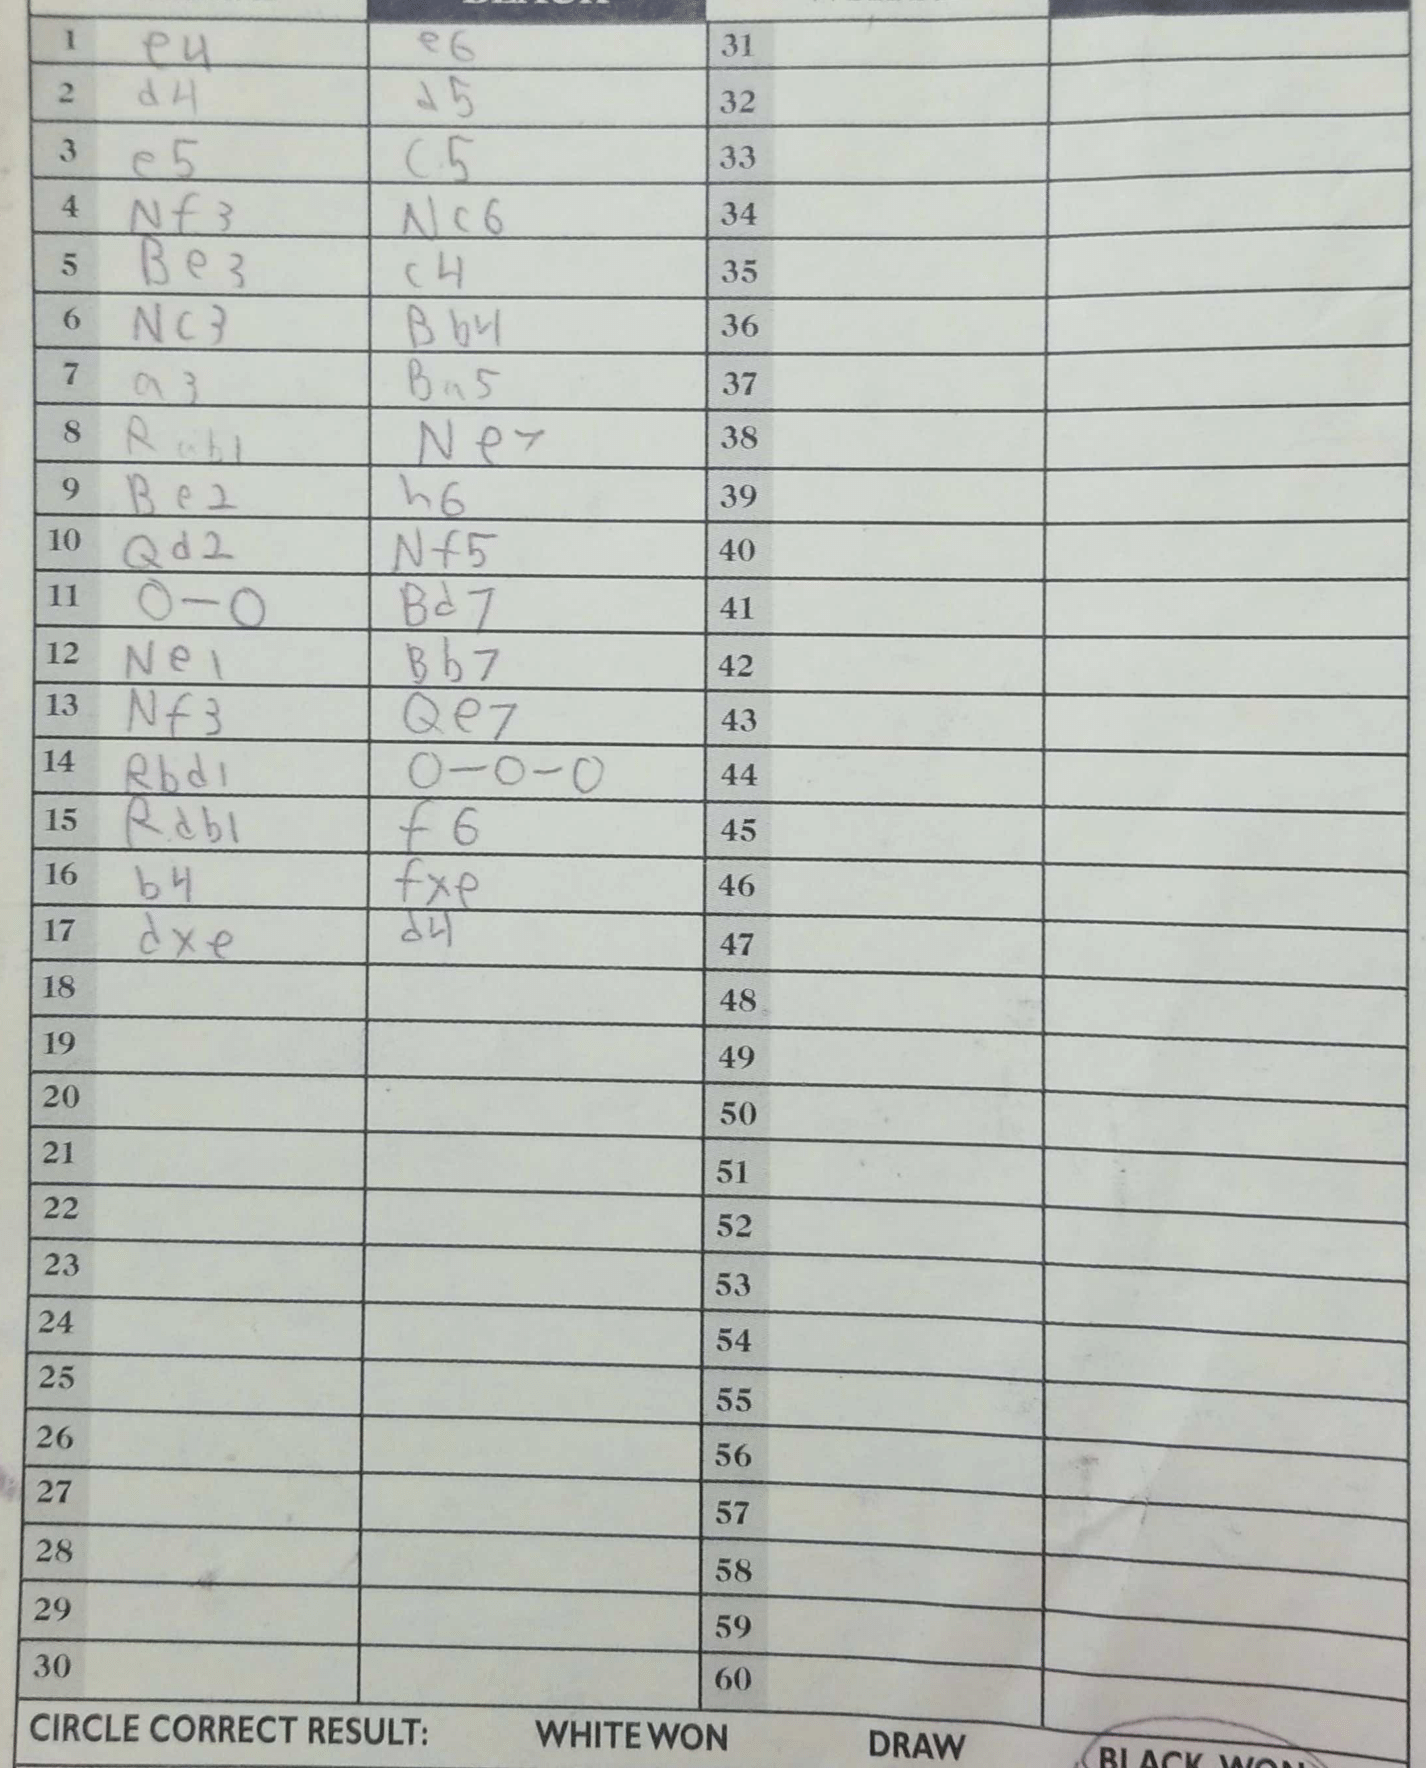
Moves: e4 e6 d4 d5 e5 c5 Nf3 Nc6 Be3 c4 Nc3 Bb4 a3 Ba5 Rab1 Ne7 Be2 h6 Qd2 Nf5 O-O Bd7 Ne1 Bb7 Nf3 Qe7 Rbd1 O-O-O Rdb1 f6 b4 fxe dxe d4